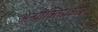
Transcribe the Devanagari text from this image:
अन्योक्तिप्रकाश